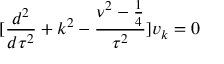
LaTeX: [ \frac { d ^ { 2 } } { d \tau ^ { 2 } } + k ^ { 2 } - \frac { \nu ^ { 2 } - \frac { 1 } { 4 } } { \tau ^ { 2 } } ] v _ { k } = 0